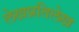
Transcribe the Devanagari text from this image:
लेखप्रतिलेख